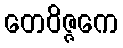
တေဝိဇ္ဇကေ